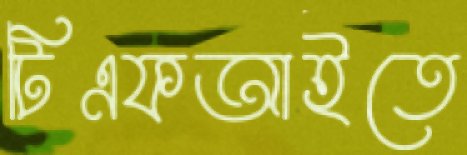
টিএফআইতে